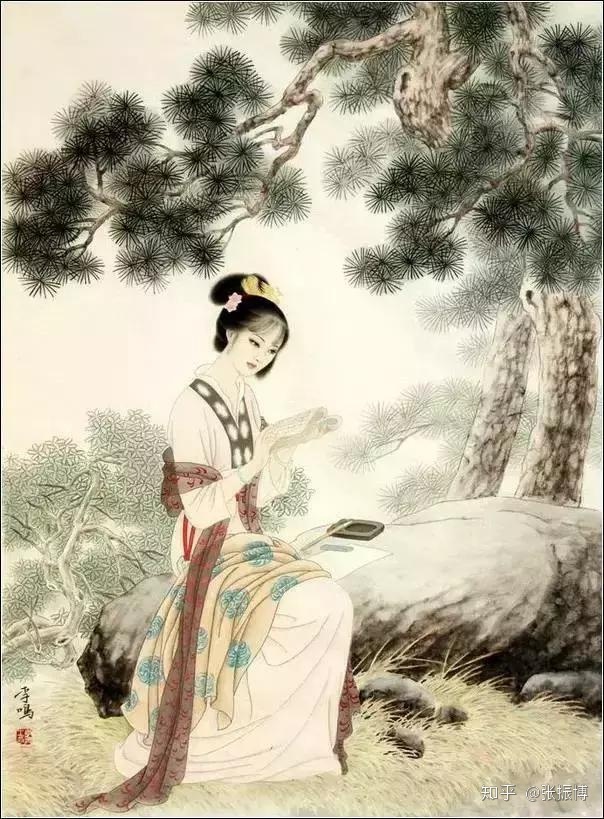
伫立伤神。无奈轻寒著摸人。